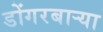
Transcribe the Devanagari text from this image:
डोंगरबाऱ्या